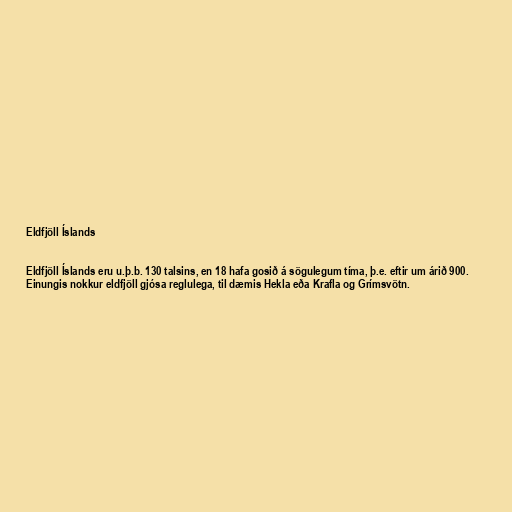
Eldfjöll Íslands

Eldfjöll Íslands eru u.þ.b. 130 talsins, en 18 hafa gosið á sögulegum tíma, þ.e. eftir um árið 900.
Einungis nokkur eldfjöll gjósa reglulega, til dæmis Hekla eða Krafla og Grímsvötn.